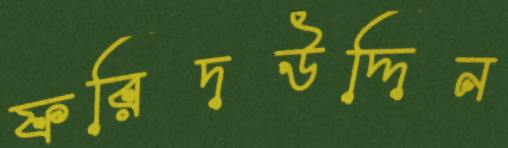
ফরিদউদ্দিন